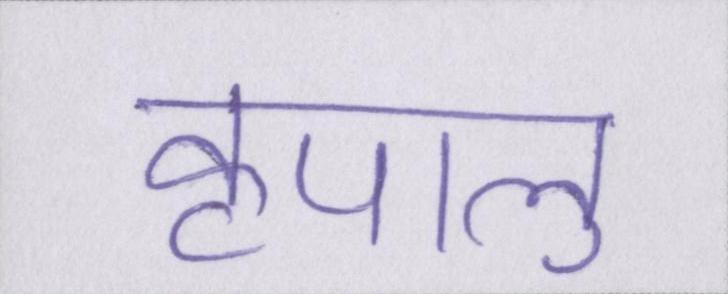
कृपालु